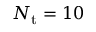
N _ { \mathrm { t } } = 1 0